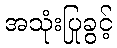
အသုံးပြုခွင့်